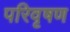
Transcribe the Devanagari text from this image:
परिवृषण